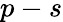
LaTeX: p-s